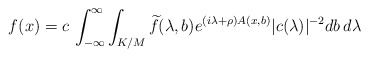
\begin{align*}f(x) = c\, \int_{-\infty}^\infty \int_{K/M} \widetilde{f}(\lambda,b)e^{(i\lambda+\rho)A(x,b)} |c(\lambda)|^{-2} db\, d\lambda \end{align*}